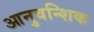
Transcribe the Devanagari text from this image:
आनुवन्शिक